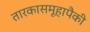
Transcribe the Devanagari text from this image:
तारकासमूहापैकी